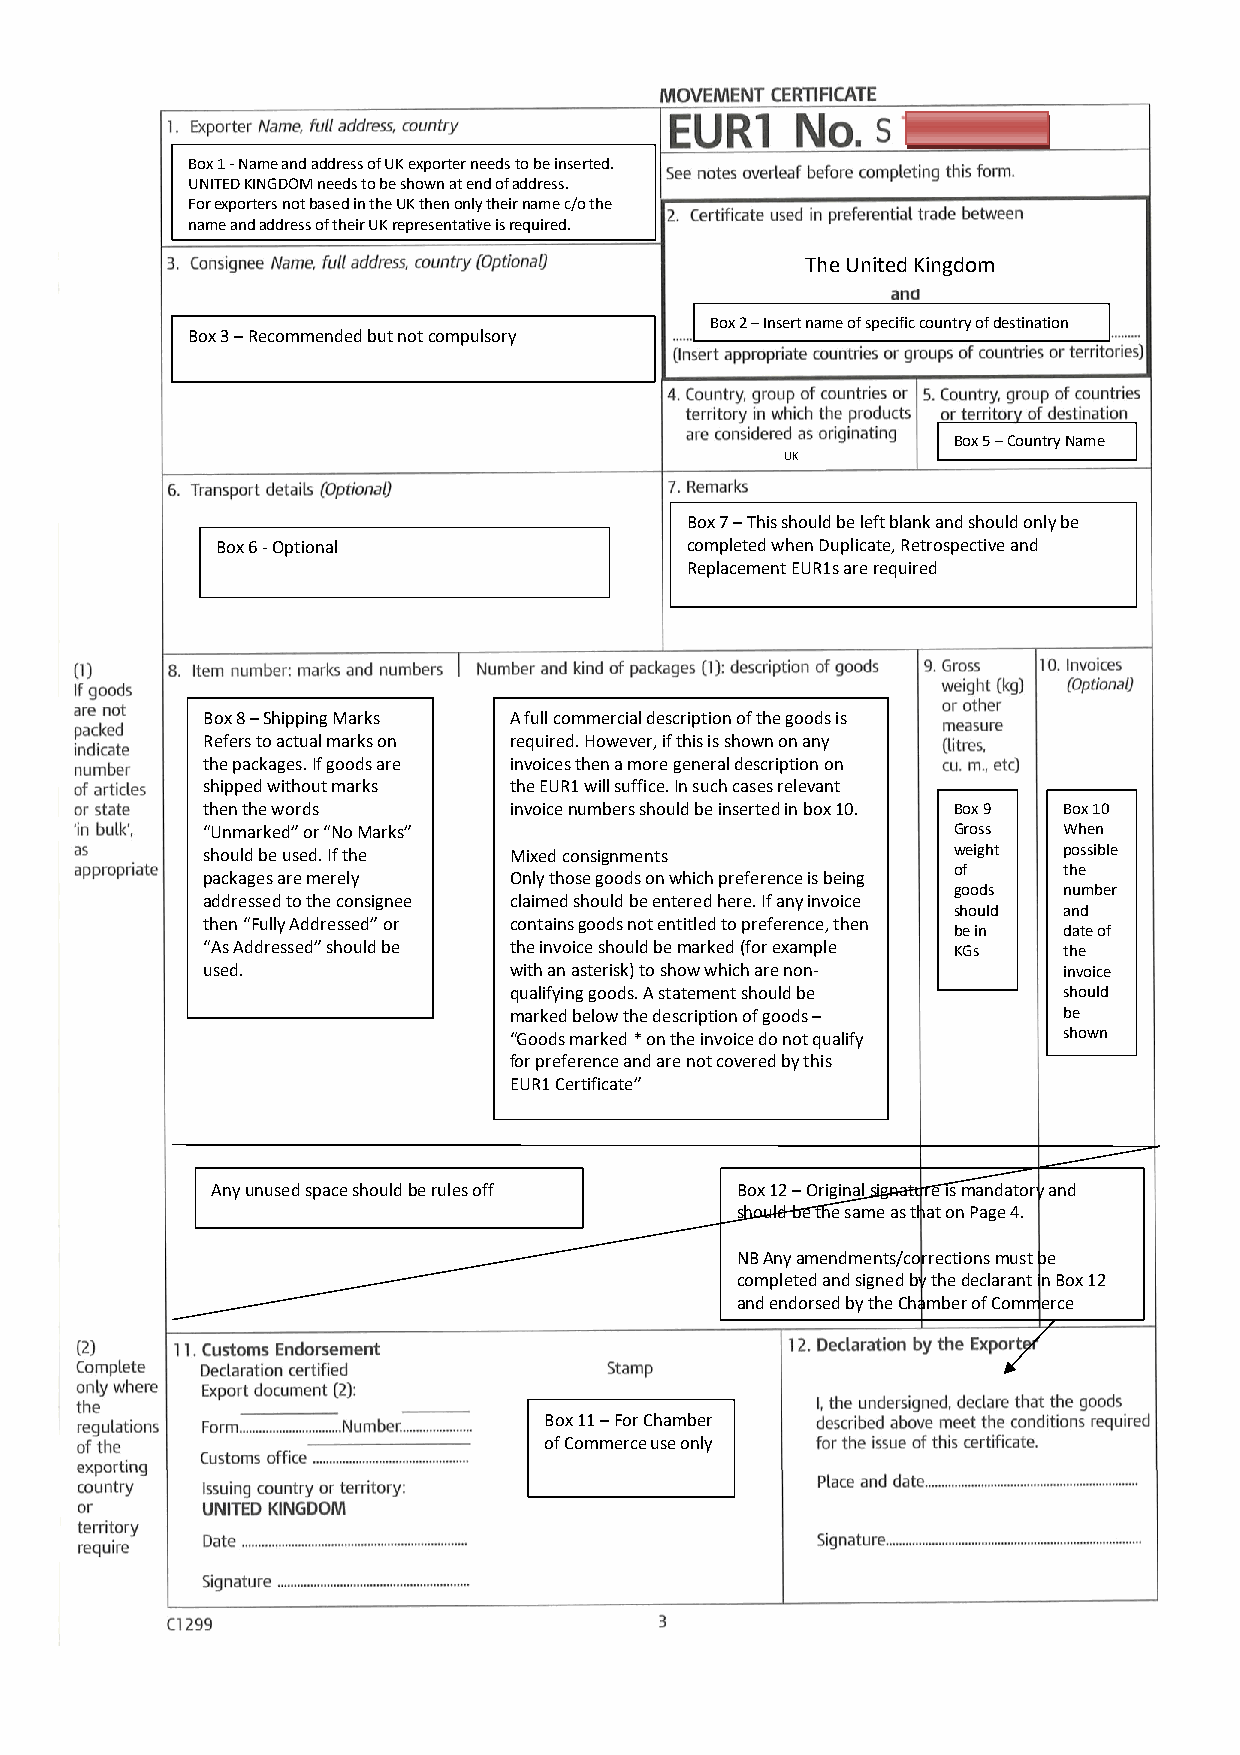
Box 1 - Name and address of UK exporter needs to be inserted.
 UNITED KINGDOM needs to be shown at end of address.
 For exporters not based in the UK then only their name c/o the
 name and address of their UK representative is required.
 The United Kingdom
 Box 2 – Insert name of specific country of destination
 Box 3 – Recommended but not compulsory
 Box 5 – Country Name
 UK
 Box 7 – This should be left blank and should only be
 Box 6 - Optional               completed when Duplicate, Retrospective and
 Replacement EUR1s are required
 Box 8 – Shipping Marks A full commercial description of the goods is
 Refers to actual marks on required. However, if this is shown on any
 the packages. If goods are invoices then a more general description on
 shipped without marks the EUR1 will suffice. In such cases relevant
 then the words       invoice numbers should be inserted in box 10. Box 9 Box 10
 “Unmarked” or “No Marks”                          Gross  When
 should be used. If the Mixed consignments         weight possible
 of     the
 packages are merely  Only those goods on which preference is being
 goods  number
 addressed to the consignee claimed should be entered here. If any invoice
 should and
 then “Fully Addressed” or contains goods not entitled to preference, then
 be in  date of
 “As Addressed” should be the invoice should be marked (for example KGs the
 used.                with an asterisk) to show which are non- invoice
 qualifying goods. A statement should be should
 marked below the description of goods – be
 “Goods marked * on the invoice do not qualify shown
 for preference and are not covered by this
 EUR1 Certificate”
 Any unused space should be rules off Box 12 – Original signature is mandatory and
 should be the same as that on Page 4.
 NB Any amendments/corrections must be
 completed and signed by the declarant in Box 12
 and endorsed by the Chamber of Commerce
 Box 11 – For Chamber
 of Commerce use only